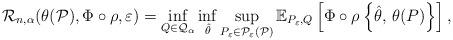
LaTeX: \begin{align*} \mathcal{R}_{n,\alpha}(\theta(\mathcal{P}), \Phi \circ \rho, \varepsilon) = \inf_{Q \in \mathcal{Q}_\alpha} \inf_{\hat{\theta}} \sup_{P_\varepsilon \in \mathcal{P}_\varepsilon(\mathcal{P})} \mathbb{E}_{P_\varepsilon,Q}\left[\Phi \circ \rho\left\{\hat{\theta}, \, \theta(P)\right\}\right],\end{align*}